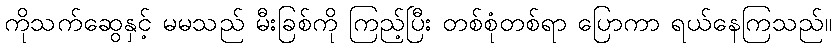
ကိုသက်ဆွေနှင့် မမသည် မီးခြစ်ကို ကြည့်ပြီး တစ်စုံတစ်ရာ ပြောကာ ရယ်နေကြသည်။